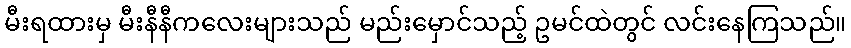
မီးရထားမှ မီးနီနီကလေးများသည် မည်းမှောင်သည့် ဥမင်ထဲတွင် လင်းနေကြသည်။